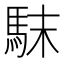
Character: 𩢖